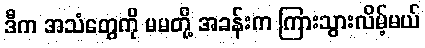
ဒီက အသံတွေကို မမတို့ အခန်းက ကြားသွားလိမ့်မယ်